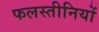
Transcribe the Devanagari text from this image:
फलस्तीनियों